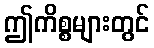
ဤကိစ္စများတွင်